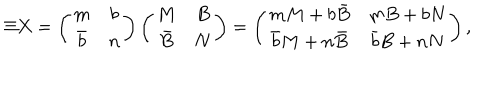
\Xi X = \left( \begin{array} { c c } { { m } } & { { b } } \\ { { \bar { b } } } & { { n } } \\ \end{array} \right) \left( \begin{array} { c c } { { M } } & { { B } } \\ { { \bar { B } } } & { { N } } \\ \end{array} \right) = \left( \begin{array} { c c } { { m M + b \bar { B } } } & { { m B + b N } } \\ { { \bar { b } M + n \bar { B } } } & { { \bar { b } B + n N } } \\ \end{array} \right) ,